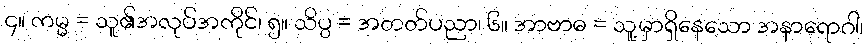
၄။ ကမ္မ = သူ၏အလုပ်အကိုင်၊ ၅။ သိပ္ပ = အတတ်ပညာ၊ ၆။ အာဗာဓ = သူ့မှာရှိနေသော အနာရောဂါ၊